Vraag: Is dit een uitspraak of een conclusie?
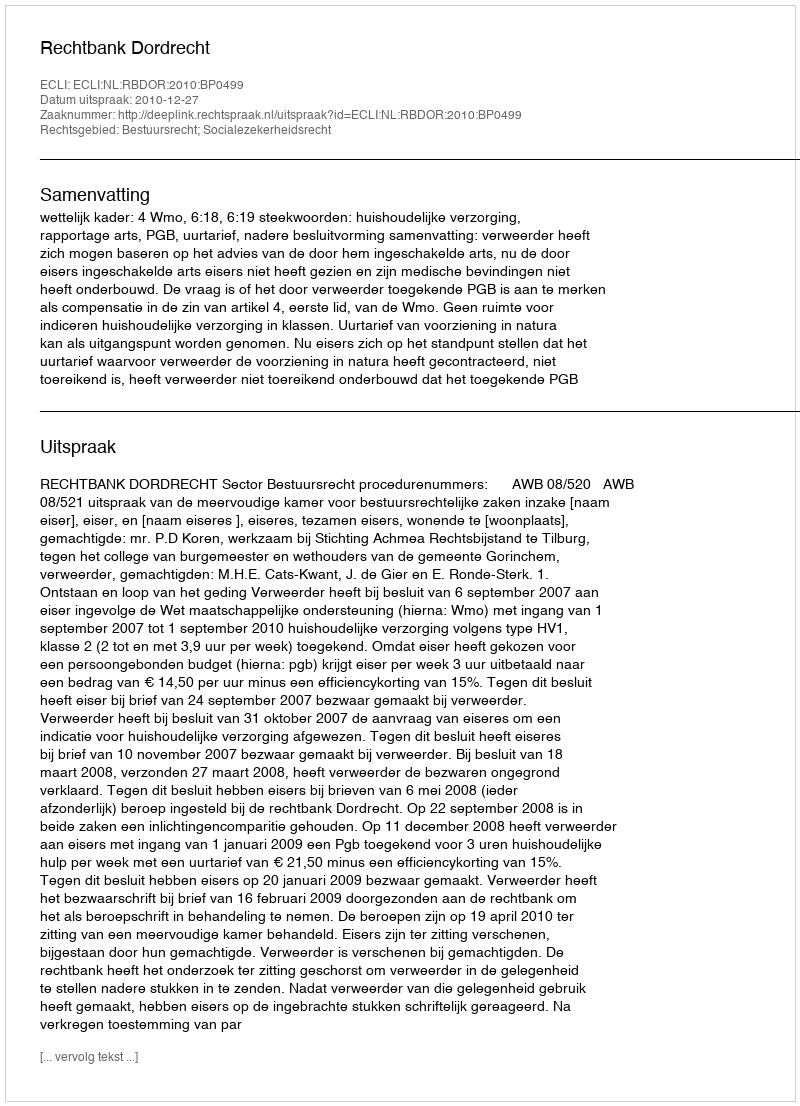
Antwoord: Uitspraak